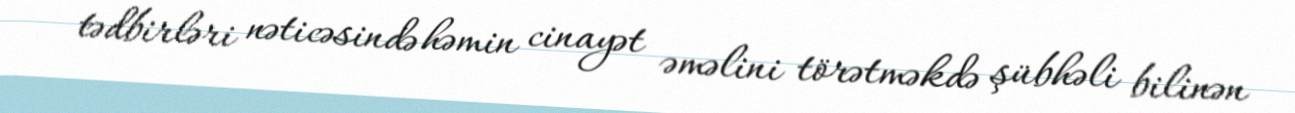
tədbirləri nəticəsində həmin cinayət əməlini törətməkdə şübhəli bilinən